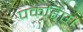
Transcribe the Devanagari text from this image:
पकड़िए।